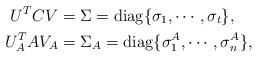
LaTeX: \begin{align*} \begin{aligned} U^{T} C V & = \Sigma = {\rm diag}\{\sigma_1, \cdots, \sigma_t\}, \\ {U}^{T}_{A} A V_{A} & = \Sigma_{A} = {\rm diag}\{\sigma^{A}_1, \cdots, \sigma^{A}_n\}, \end{aligned}\end{align*}